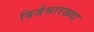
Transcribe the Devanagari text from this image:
विजेसारख्या